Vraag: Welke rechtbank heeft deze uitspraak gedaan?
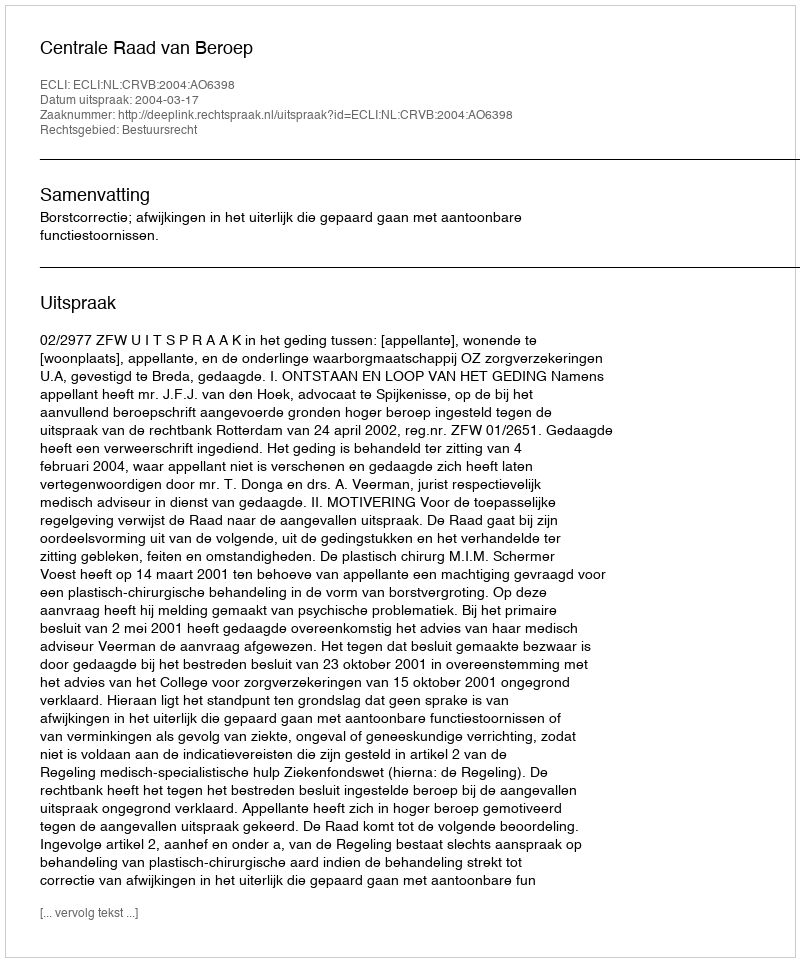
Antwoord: Centrale Raad van Beroep